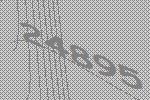
24895